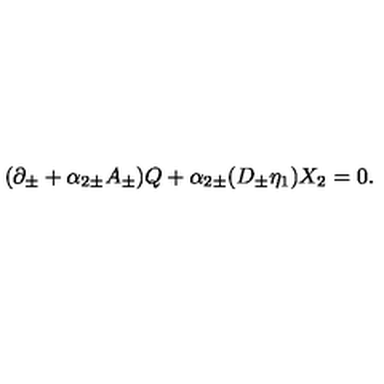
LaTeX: ( \partial _ { \pm } + \alpha _ { 2 \pm } A _ { \pm } ) Q + \alpha _ { 2 \pm } ( D _ { \pm } \eta _ { 1 } ) X _ { 2 } = 0 .